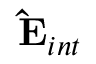
\mathbf { \hat { E } } _ { i n t }